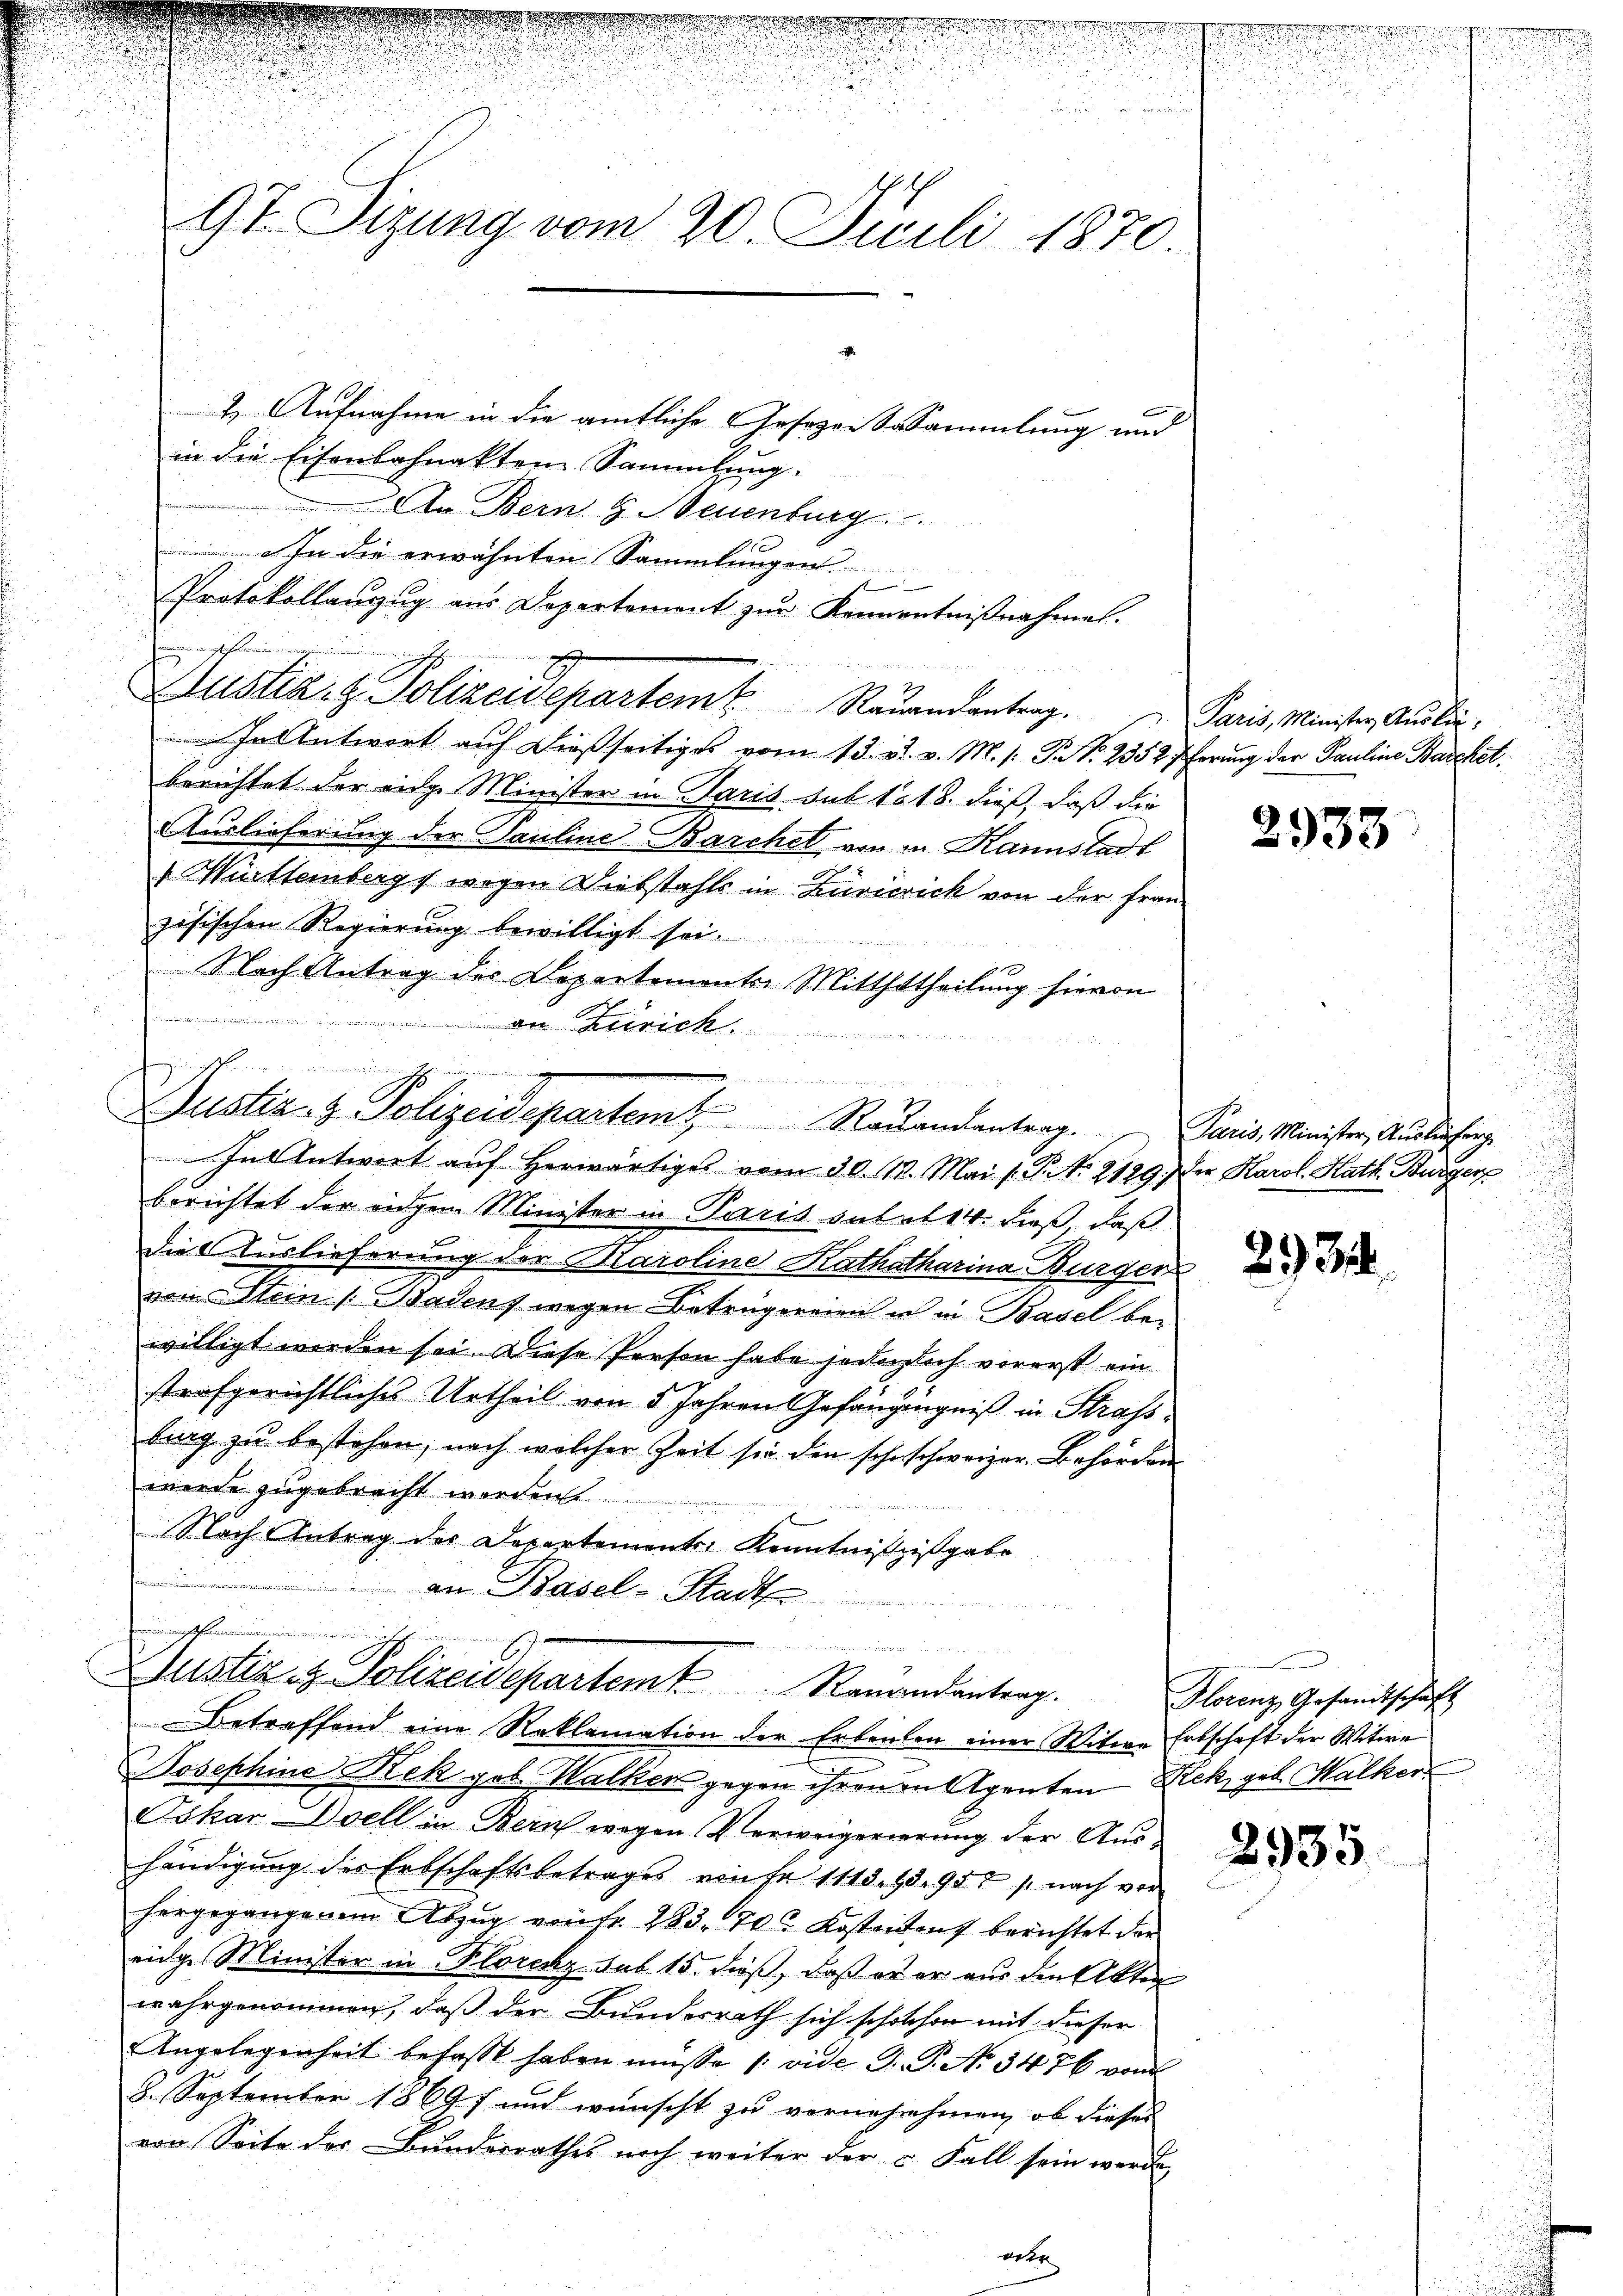
e

.
¬
9t. Sizung vom 20. Juli 1870.
2. Aufnahme in die amtliche Gesezen Susammlung und
in die Eisenbahnakten Sammlung.

An Bern & Neuenburg
In die erwähnten Sammlungen.
f
Protokollanzug aus Departement zur Kennentnißnahme.
dinglichten
2

Justiz- & Polizeisepartem Rauandantrag.
In Antwort auf dießseitiges vom 13. ds. v. M. s. S. 2352 Pferung der Pauline Barcket.
berichtet der einge Minister in Paris sub 1818. dieß, daß die
Auslieferung der Pauline Barchel von in Kannstadt
 Württembergs wegen Diebstahls in Zuvicrick von der Französischen Regierung bewilligt sei.
Nach Antrag des Departements-Mitthaltheilung hievon
hiechen der
 den Keinick
unsten
Bunden hat den und mein

berichtet der eidgen Minister in Paris sul et 14. dieß, daß
die Auslieferung der Maroline Kathatharina Burger
vom Stein Badens wegen Betrugereien in in Basel bewilligt worden sei. Diese Person habe jederlich vorerst ein
strafgerichtliches Urtheil von 5 Jahren Gefängngniß in Strafs
burg zu bestehen; nach welcher Zeit sie den scheschweizer. Behörden
werde zugebracht werden.
Nach Antrag der Departements, Kenntnißzisgabe
C debitates . . .
an Basel-Stadt
n

. . . Weisen und werden, dann ein werde in des hier
Justiz- & Polizeidepartem Rauandantrag.
In Antwort auf herwärtige vom 30. 111. Mai /: P. Nr. 2129.) Der Karol. Hath. Bürger

u
Justiz & Polizeidepartem Renandentrag
Betreffend eine Reklamation der Erbenten einer Witwe Erbschaft der Witwe

Josephine Rek geb. Walker gegen ihren in Agenten Rek, geb. Halker
Oskar-Soell in Bern wegen Verweigerierung der Aushändigung des Erbschaftsbetrages von fr 1113. 1898 s. nach vor
hergegangenem Abzug von fr. 283. 70. Kostetent berichtet der
einge Minister in Florenz sub 15. Fuß, daß er er aus den Akten
wahrgenommen, daß der Bundesrath sich scholchen mit dieser
Angelegenheit befasst haben müsse 1: vide G. P. No 3476 vom
8. September 18697 und wünscht zu vernehmhenen, ob dieses
von Seite des Bunderrathes noch weiter der u Fall sein werde,
eer

Paris, Minister Auslie

2933

Paris, Minister, Auslieferg

29) S.

Florenz Gesandtschaft

u
.

2935

n